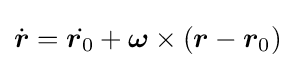
{\dot {\boldsymbol {r}}}={\dot {{\boldsymbol {r}}_{0}}}+{\boldsymbol {\omega }}\times ({\boldsymbol {r}}-{{\boldsymbol {r}}_{0}})